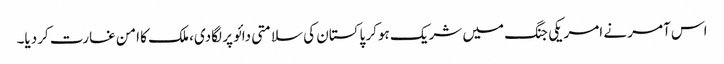
اس آمر نے امریکی جنگ میں شریک ہوکر پاکستان کی سلامتی دائو پر لگادی، ملک کا امن غارت کردیا۔